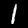
Label: 1